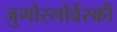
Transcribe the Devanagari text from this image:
जुगोस्लोवेंस्की